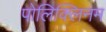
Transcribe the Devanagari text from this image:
पोलिक्लिनम